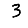
Digit: 3